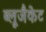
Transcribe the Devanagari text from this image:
ब्लूजैकेट